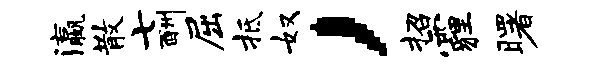
瀛散七酬屈抵奴，招霾曙